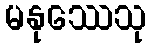
မနုဿေသု